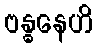
ဗန္ဓနေဟိ